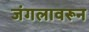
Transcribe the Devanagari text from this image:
जंगलावरून